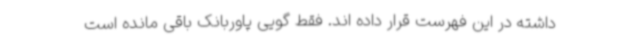
داشته در این فهرست قرار داده اند. فقط گویی پاوربانک باقی مانده است